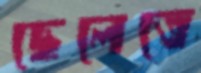
ছেলেতে